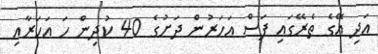
އަދި އޭގެ ތެރޭގައި ފަސް އަހަރުން ދަށުގެ 40 ކުދިން ހަ އަހަރާއި